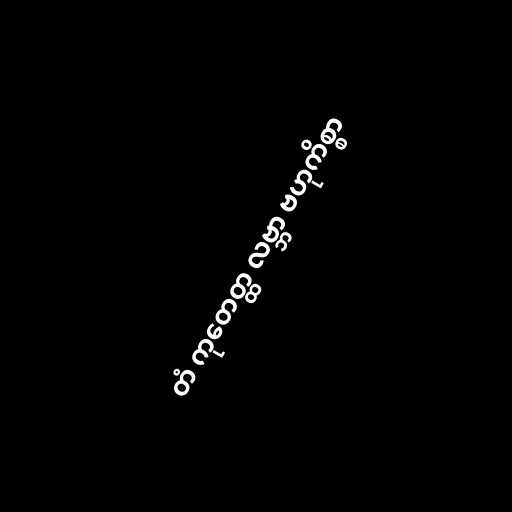
တံ ကုတေတ္ထ လဗ္ဘာ ဗဟုကိစ္စာ